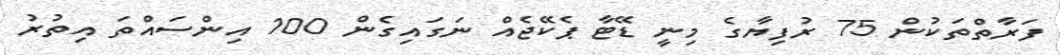
ފަރާތްތަކުން 75 ރުފިޔާގެ މިނީ ޑޭޓާ ޕެކޭޖެއް ނަގައިގެން 100 އިންސައްތަ އިތުރު